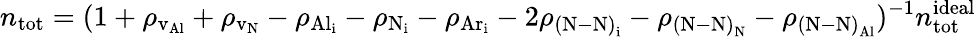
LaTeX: n_{\mathrm{tot}}=({1+\rho_{\mathrm{v_{Al}}}+\rho_{\mathrm{v_{N}}}-\rho_{\mathrm{{Al}_{i}}}-\rho_{\mathrm{{N}_{i}}}-\rho_{\mathrm{{Ar}_{i}}}-2\rho_{\mathrm{{(N\mathrm{-}N)}_{i}}}-\rho_{\mathrm{{(N\mathrm{-}N)}_{N}}}-\rho_{\mathrm{{(N\mathrm{-}N)}_{Al}}}})^{-1}{n_{\mathrm{tot}}^{\mathrm{ideal}}}